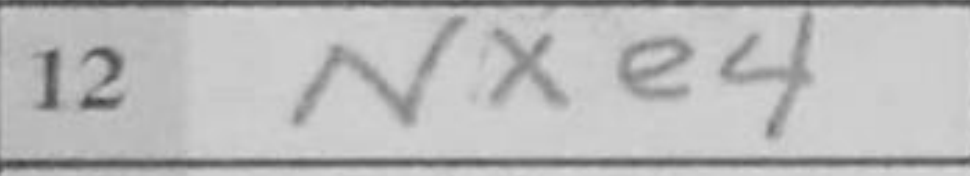
Transcription: Nxe4